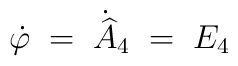
\dot{\varphi} \;=\; \dot{\widehat{A}}_4 \;=\; E_4